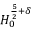
H _ { 0 } ^ { \frac { 5 } { 2 } + \delta }